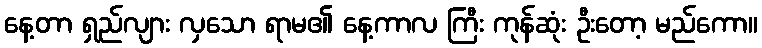
နေ့တာ ရှည်လျား လှသော ရာမ၏ နေ့ကာလ ကြီး ကုန်ဆုံး ဦးတော့ မည်ကော။